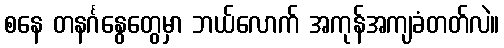
စနေ တနင်္ဂနွေတွေမှာ ဘယ်လောက် အကုန်အကျခံတတ်လဲ။